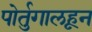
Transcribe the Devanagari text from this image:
पोर्तुगालहून